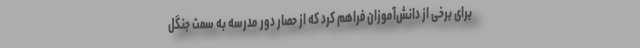
برای برخی از دانش‌آموزان فراهم کرد که از حصار دور مدرسه به سمت جنگل